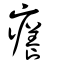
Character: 癢